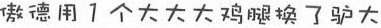
傲德用1个大大大鸡腿换了驴大